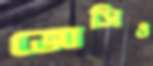
জোসিও